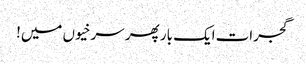
گجرات ایک بار پھر سرخیوں میں!